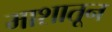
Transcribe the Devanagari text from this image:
माशातून